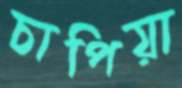
চাপিয়া